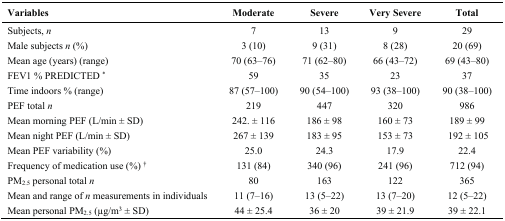
| Variables | Moderate | Severe | Very Severe | Total |
 | --- | --- | --- | --- | --- |
 | Subjects, n | 7 | 13 | 9 | 29 |
 | Male subjects n (%) | 3 (10) | 9 (31) | 8 (28) | 20 (69) |
 | Mean age (years) (range) | 70 (63–76) | 71 (62–80) | 66 (43–72) | 69 (43–80) |
 | FEV1 % PREDICTED * | 59 | 35 | 23 | 37 |
 | Time indoors % (range) | 87 (57–100) | 90 (54–100) | 93 (38–100) | 90 (38–100) |
 | PEF total n | 219 | 447 | 320 | 986 |
 | Mean morning PEF (L/min ± SD) | 242. ± 116 | 186 ± 98 | 160 ± 73 | 189 ± 99 |
 | Mean night PEF (L/min ± SD) | 267 ± 139 | 183 ± 95 | 153 ± 73 | 192 ± 105 |
 | Mean PEF variability (%) | 25.0 | 24.3 | 17.9 | 22.4 |
 | Frequency of medication use (%) † | 131 (84) | 340 (96) | 241 (96) | 712 (94) |
 | PM2.5 personal total n | 80 | 163 | 122 | 365 |
 | Mean and range of n measurements in individuals | 11 (7–16) | 13 (5–22) | 13 (7–20) | 12 (5–22) |
 | Mean personal PM2.5 (μg/m3 ± SD) | 44 ± 25.4 | 36 ± 20 | 39 ± 21.9 | 39 ± 22.1 |